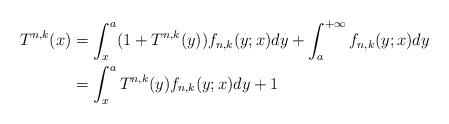
LaTeX: \begin{align*}T^{n,k}(x)&=\int_{x}^{a}(1+T^{n,k}(y))f_{n,k}(y;x)dy+\int_{a}^{+\infty}f_{n,k}(y;x)dy\\&=\int_{x}^{a}T^{n,k}(y)f_{n,k}(y;x)dy+1\end{align*}